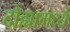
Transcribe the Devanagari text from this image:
दोह्यामध्ये